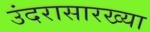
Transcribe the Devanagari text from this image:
उंदरासारख्या